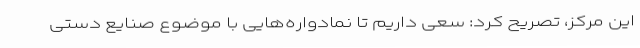
این مرکز، تصریح کرد: سعی داریم تا نمادواره‌هایی با موضوع صنایع دستی